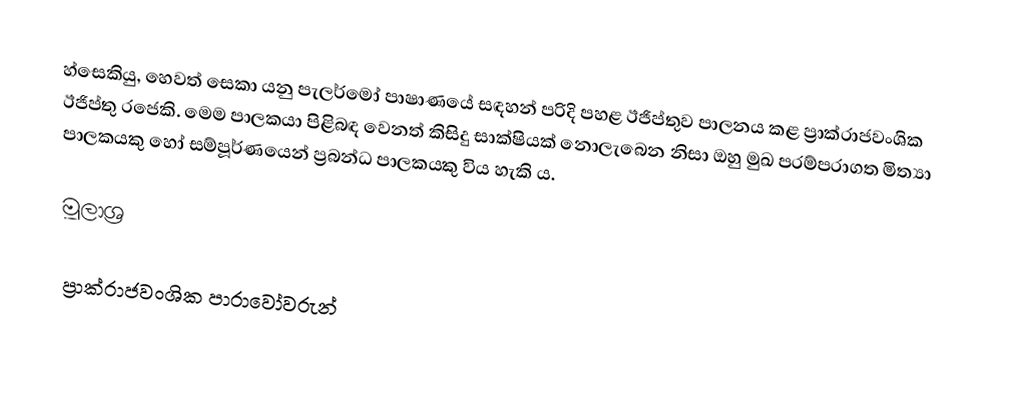
හ්සෙකියු, හෙවත් සෙකා යනු පැලර්මෝ පාෂාණයේ සඳහන් පරිදි  පහළ ඊජිප්තුව පාලනය කළ ප්‍රාක්රාජවංශික ඊජිප්තු රජෙකි. මෙම පාලකයා පිළිබඳ වෙනත් කිසිදු සාක්ෂියක් නොලැබෙන නිසා ඔහු මුඛ පරම්පරාගත මිත්‍යා පාලකයකු හෝ සම්පූර්ණයෙන් ප්‍රබන්ධ පාලකයකු විය හැකි ය.

මූලාශ්‍ර

ප්‍රාක්රාජවංශික පාරාවෝවරුන්